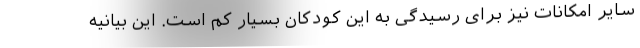
سایر امکانات نیز برای رسیدگی به این کودکان بسیار کم است. این بیانیه